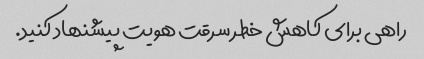
راهی برای کاهش خطر سرقت هویت پیشنهاد کنید.